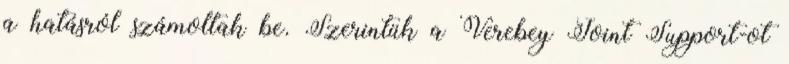
a hatásról számoltak be. Szerintük a Verebey Joint Support-ot